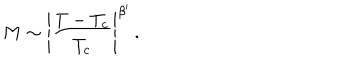
LaTeX: M \sim \Bigg | \frac { T - T _ { c } } { T _ { c } } \Bigg | ^ { \beta ^ { \prime } } \, .